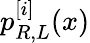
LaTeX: p_{R,L}^{[i]}(x)